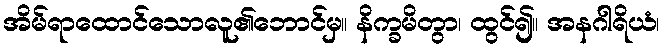
အိမ်ရာထောင်သောလူ၏ဘောင်မှ။ နိက္ခမိတွာ၊ ထွင်၍။ အနဂါရိယံ၊